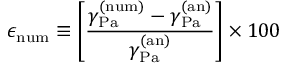
\epsilon _ { \mathrm { { n u m } } } \equiv \left[ \frac { \gamma _ { \mathrm { { P a } } } ^ { \mathrm { { ( n u m ) } } } - \gamma _ { \mathrm { { P a } } } ^ { \mathrm { { ( a n ) } } } } { \gamma _ { \mathrm { { P a } } } ^ { \mathrm { { ( a n ) } } } } \right] \times 1 0 0 \